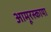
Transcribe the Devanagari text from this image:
आमूरस्काया